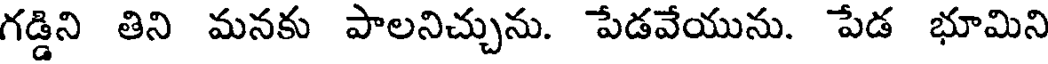
గడ్డిని తిని మనకు పాలనిచ్చును. పేడవేయును. పేడ భూమిని